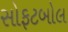
સોફટબોલ